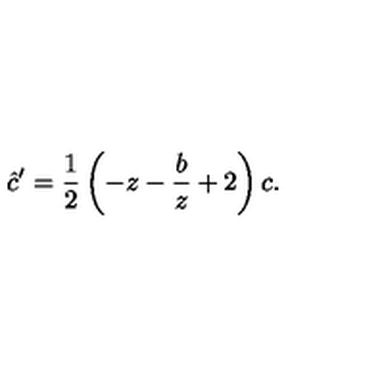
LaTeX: \hat { c } ^ { \prime } = \frac { 1 } { 2 } \left( - z - \frac { b } { z } + 2 \right) c .